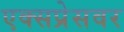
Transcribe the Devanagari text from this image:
एक्सप्रेसवर